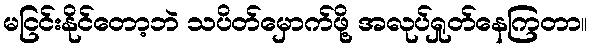
မငြင်းနိုင်တော့ဘဲ သပိတ်မှောက်ဖို့ အလုပ်ရှုတ်နေကြတာ။